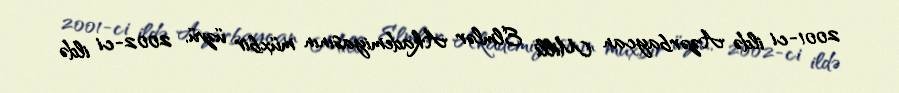
2001-ci ildə Azərbaycan Milli Elmlər Akademiyasının müxbir üzvü, 2002-ci ildə